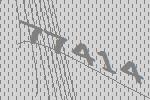
77414